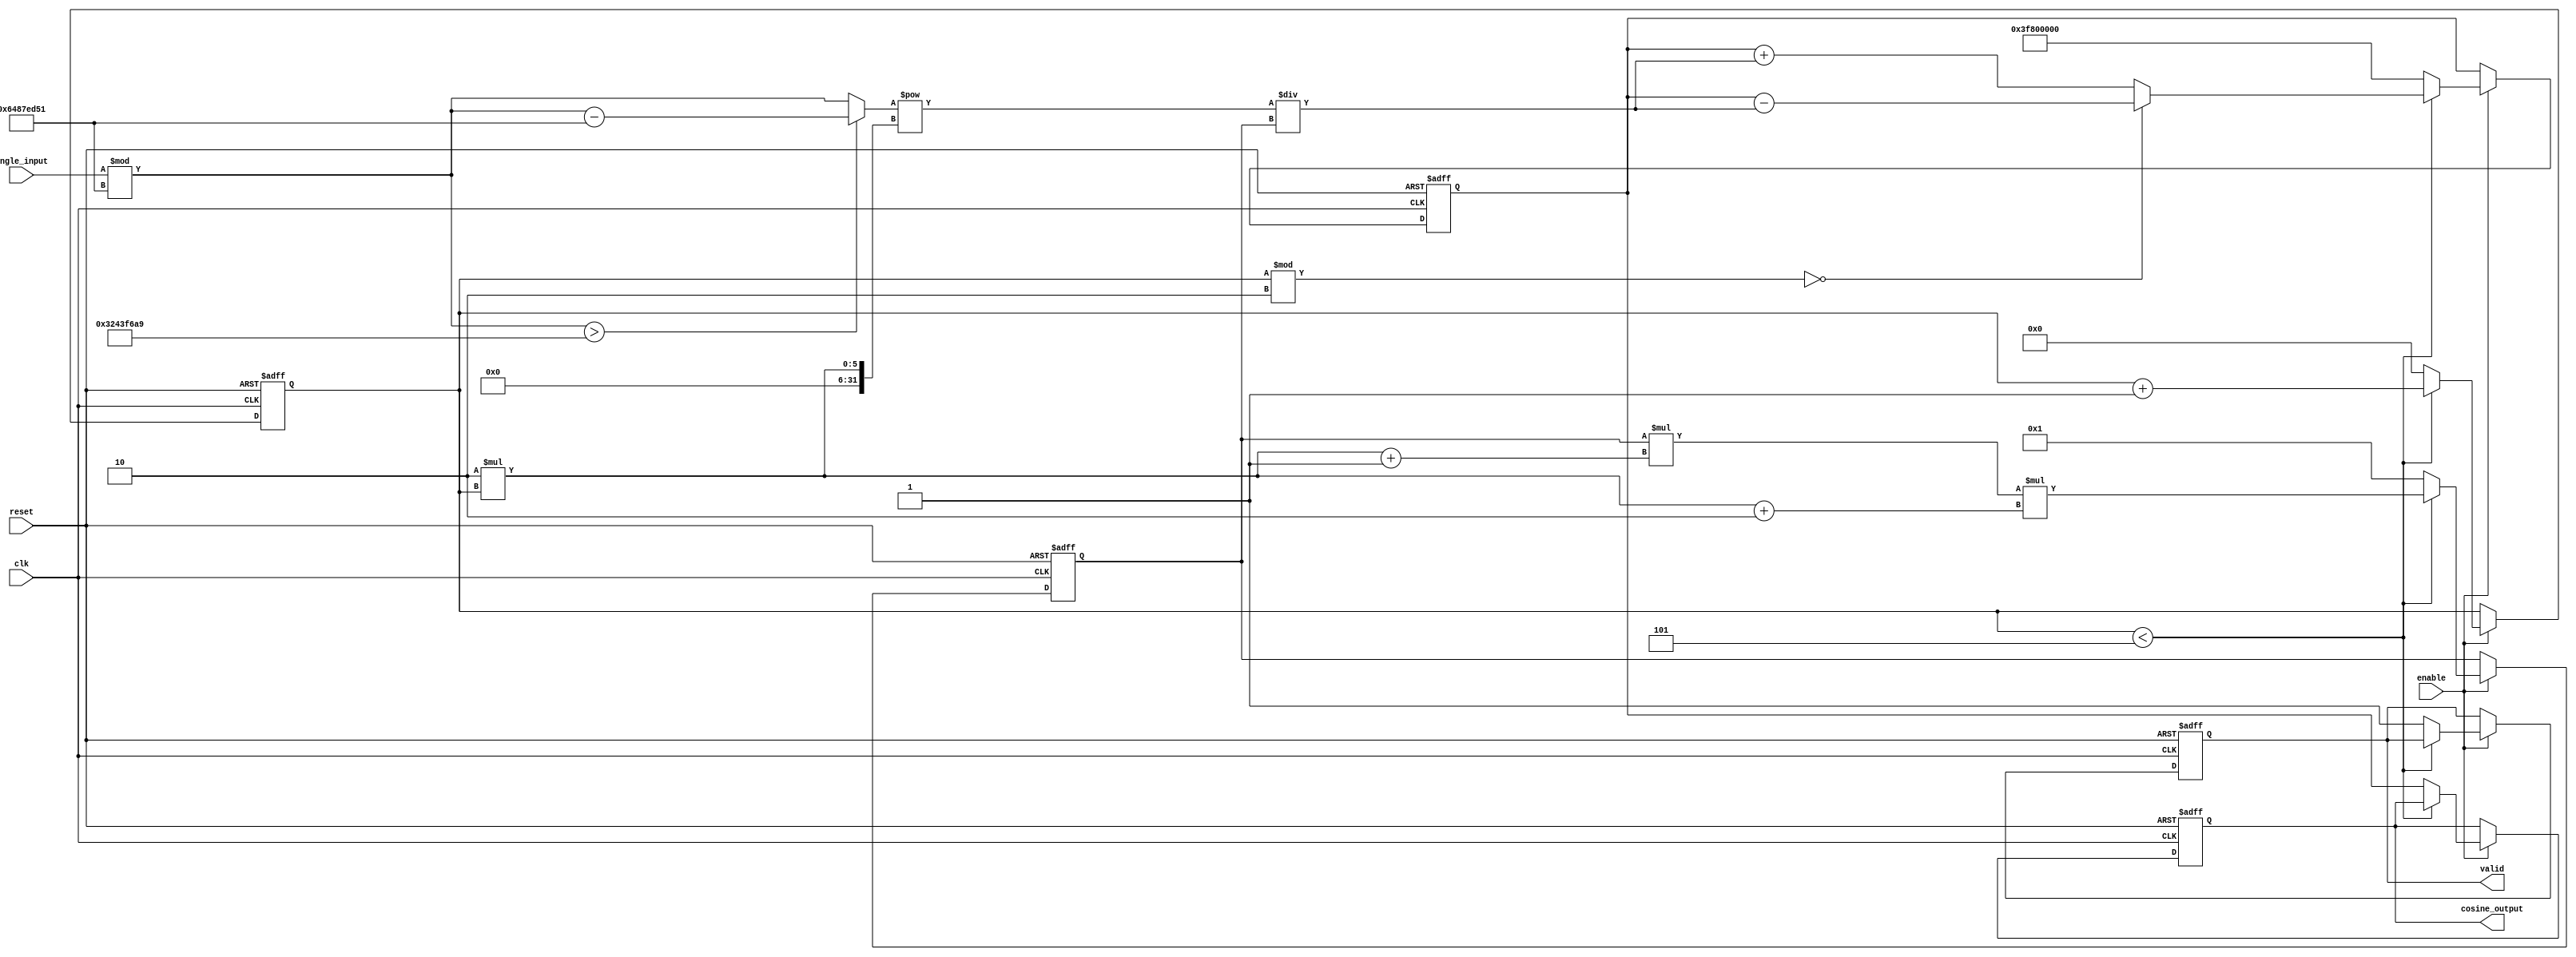
module cosine_arithmetic_block (
    input wire clk,
    input wire reset,
    input wire enable,
    input wire [31:0] angle_input, // Angle input in radians (fixed-point representation)
    output reg [31:0] cosine_output, // Cosine output in fixed-point representation
    output reg valid // Signal to indicate valid output
);
    // Constants
    parameter PI = 32'h3243F6A9; // Pi in fixed-point representation
    parameter TWO_PI = 32'h6487ED51; // 2 * Pi in fixed-point representation
    parameter MAX_TERMS = 5; // Number of terms in Taylor series for approximation

    // Internal variables
    reg [31:0] normalized_angle;
    reg [31:0] term; // Current term in the Taylor series
    reg [31:0] sum; // Sum of the series
    reg [3:0] term_index; // Counter for terms in the series
    reg [31:0] factorial; // Factorial value for Taylor series

    // Angle normalization
    always @(*) begin
        normalized_angle = angle_input % TWO_PI;
        if (normalized_angle > PI) begin
            normalized_angle = normalized_angle - TWO_PI; // Normalize to [-, ]
        end
    end

    // Taylor series computation
    always @(posedge clk or posedge reset) begin
        if (reset) begin
            cosine_output <= 32'h3F800000; // Default output: cos(0) = 1.0 in fixed-point
            valid <= 0;
            term_index <= 0;
            sum <= 32'h3F800000; // Start with 1.0
            factorial <= 32'h00000001; // 0! = 1
        end else if (enable) begin
            if (term_index < MAX_TERMS) begin
                // Calculate the current term
                term = (normalized_angle ** (2 * term_index)) / factorial; // ^(2n) / n!
                if (term_index % 2 == 0) begin
                    sum <= sum - term; // Even index: subtract term
                end else begin
                    sum <= sum + term; // Odd index: add term
                end

                // Update factorial for the next term
                factorial <= factorial * (2 * term_index + 1) * (2 * term_index + 2); // (2n)! = (2n-1)! * (2n) * (2n-1)

                term_index <= term_index + 1; // Move to the next term
            end else begin
                cosine_output <= sum; // Final output
                valid <= 1; // Output is valid
                term_index <= 0; // Reset term index for the next computation
                sum <= 32'h3F800000; // Reset sum to 1.0
                factorial <= 32'h00000001; // Reset factorial
            end
        end
    end
endmodule